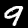
Digit: 9